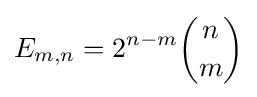
E_{m,n}=2^{n-m}{n \choose m}